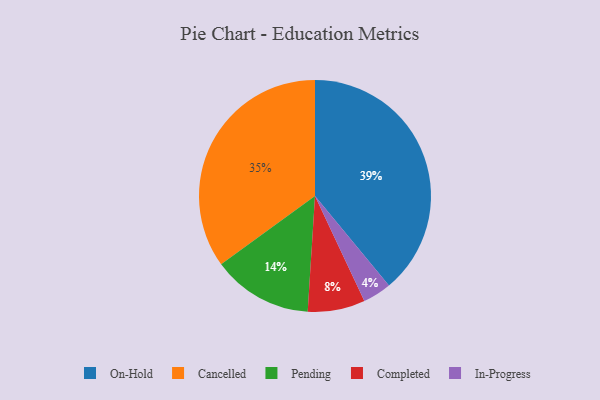
{"axis": {"x": "Category", "y": "Percentage"}, "legend": ["Cancelled", "Completed", "In-Progress", "On-Hold", "Pending"], "data": [{"x": "Pending", "y": 14, "type": "Pending"}, {"x": "On-Hold", "y": 39, "type": "On-Hold"}, {"x": "Completed", "y": 8, "type": "Completed"}, {"x": "Cancelled", "y": 35, "type": "Cancelled"}, {"x": "In-Progress", "y": 4, "type": "In-Progress"}]}